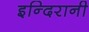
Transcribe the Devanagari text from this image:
इन्दिरानी